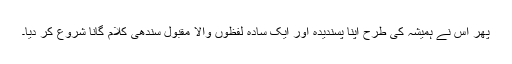
پھر اس نے ہمیشہ کی طرح اپنا پسندیدہ اور ایک سادہ لفظوں والا مقبول سندھی کلام گانا شروع کر دیا۔